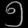
Digit: ၅